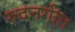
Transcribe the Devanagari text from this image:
रुदनगीत